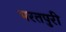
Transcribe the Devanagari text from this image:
भरतपुरी